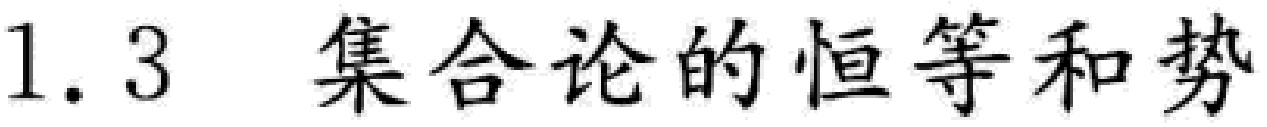
1.3 集合论的恒等和势